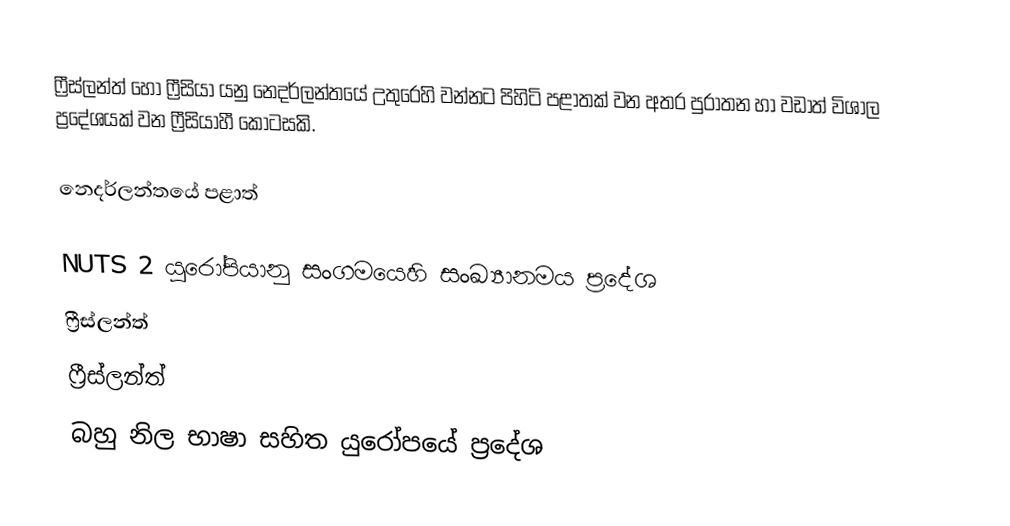
ෆ්‍රීස්ලන්ත් හෝ  ෆ්‍රීසියා යනු නෙදර්ලන්තයේ උතුරෙහි වන්නට පිහිටි පළාතක් වන අතර පුරාතන හා වඩාත් විශාල ප්‍රදේශයක් වන ෆ්‍රීසියාහී කොටසකි.

නෙදර්ලන්තයේ පළාත්

NUTS 2 යුරෝපියානු සංගමයෙහි සංඛ්‍යානමය ප්‍රදේශ
ෆ්‍රීස්ලන්ත්
ෆ්‍රීස්ලන්ත්
බහු නිල භාෂා සහිත යුරෝපයේ ප්‍රදේශ